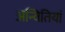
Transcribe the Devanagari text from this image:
अन्वितियां